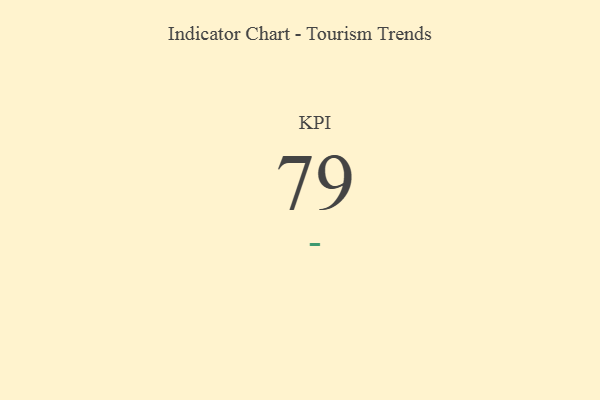
{"axis": {"x": "KPI", "y": "Value"}, "legend": [""], "data": [{"x": "KPI", "y": 79, "type": ""}]}